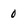
Character: 0